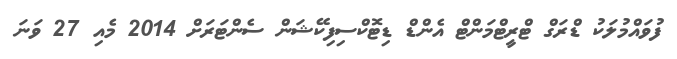
ފުވައްމުލަކު ޑްރަގް ޓްރީޓްމަންޓް އެންޑް ޑިޓޮކްސިފިކޭޝަން ސެންޓަރަށް 2014 މެއި 27 ވަނަ